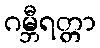
ဂမ္ဘီရတ္တာ